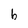
Character: b